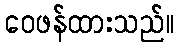
ဝေဖန်ထားသည်။